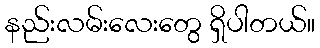
နည်းလမ်းလေးတွေ ရှိပါတယ်။